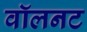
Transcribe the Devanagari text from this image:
वॉलनट